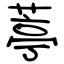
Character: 葶